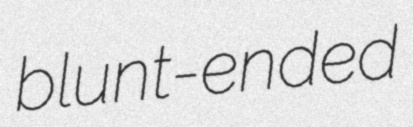
blunt-ended